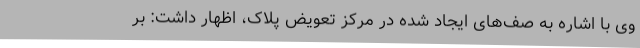
وی با اشاره به صف‌های ایجاد شده در مرکز تعویض پلاک، اظهار داشت: بر